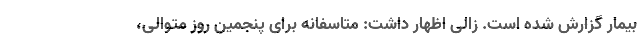
بیمار گزارش شده است. زالی اظهار داشت: متاسفانه برای پنجمین روز متوالی،